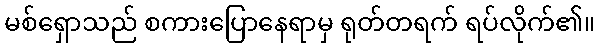
မစ်ရှောသည် စကားပြောနေရာမှ ရုတ်တရက် ရပ်လိုက်၏။